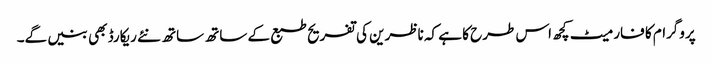
پروگرام کا فارمیٹ کچھ اس طرح کا ہے کہ ناظرین کی تفریح طبع کے ساتھ ساتھ نئے ریکارڈ بھی بنیں گے۔